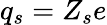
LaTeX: q_{s}=Z_{s}e